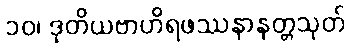
၁၀၊ ဒုတိယဗာဟိရဖဿနာနတ္တသုတ်